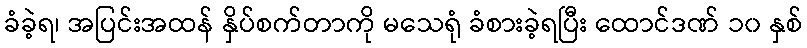
ခံခဲ့ရ၊ အပြင်းအထန် နှိပ်စက်တာကို မသေရုံ ခံစားခဲ့ရပြီး ထောင်ဒဏ် ၁၀ နှစ်